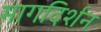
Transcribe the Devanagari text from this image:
मागदिर्शन